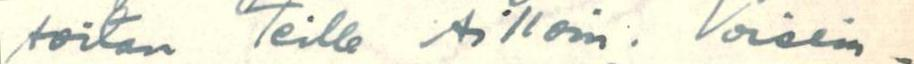
soitan Teille silloin. Voisim-